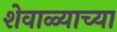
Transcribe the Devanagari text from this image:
शेवाळ्याच्या